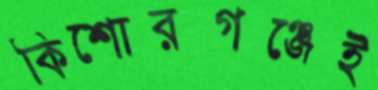
কিশোরগঞ্জেই